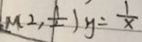
M _ { 2 } , \frac { 1 } { 2 } ) y = \frac { 1 } { x }